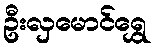
ဦးလှမောင်ရွှေ